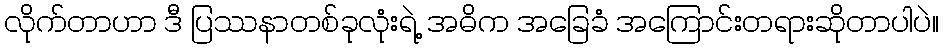
လိုက်တာဟာ ဒီ ပြဿနာတစ်ခုလုံးရဲ့ အဓိက အခြေခံ အကြောင်းတရားဆိုတာပါပဲ။